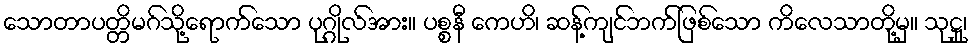
သောတာပတ္တိမဂ်သို့ရောက်သော ပုဂ္ဂိုလ်အား။ ပစ္စနီ ကေဟိ၊ ဆန့်ကျင်ဘက်ဖြစ်သော ကိလေသာတို့မှ။ သုဋ္ဌု၊